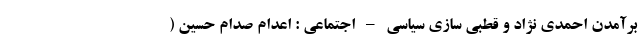
برآمدن احمدی نژاد و قطبی سازی سیاسی – اجتماعی : اعدام صدام حسین (